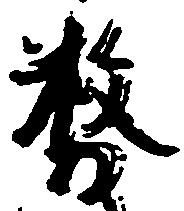
務